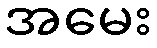
အမေး